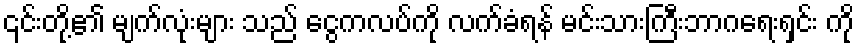
၎င်းတို့၏ မျက်လုံးများ သည် ငွေကလပ်ကို လက်ခံရန် မင်းသားကြီးဘာဂရေးရှင်း ကို